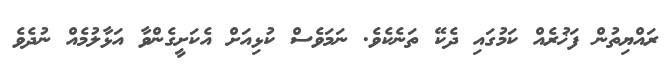
ރައްޔިތުން ފަޚުރެއް ކަމުގައި ދެކޭ ތަނެކެވެ. ނަމަވެސް ކުޅިއަށް އެކަށީގެންވާ އަޅާލުމެއް ނުދެވެ